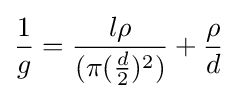
{\frac {1}{g}}={\frac {l\rho }{(\pi {}({\frac {d}{2}})^{2})}}+{\frac {\rho }{d}}